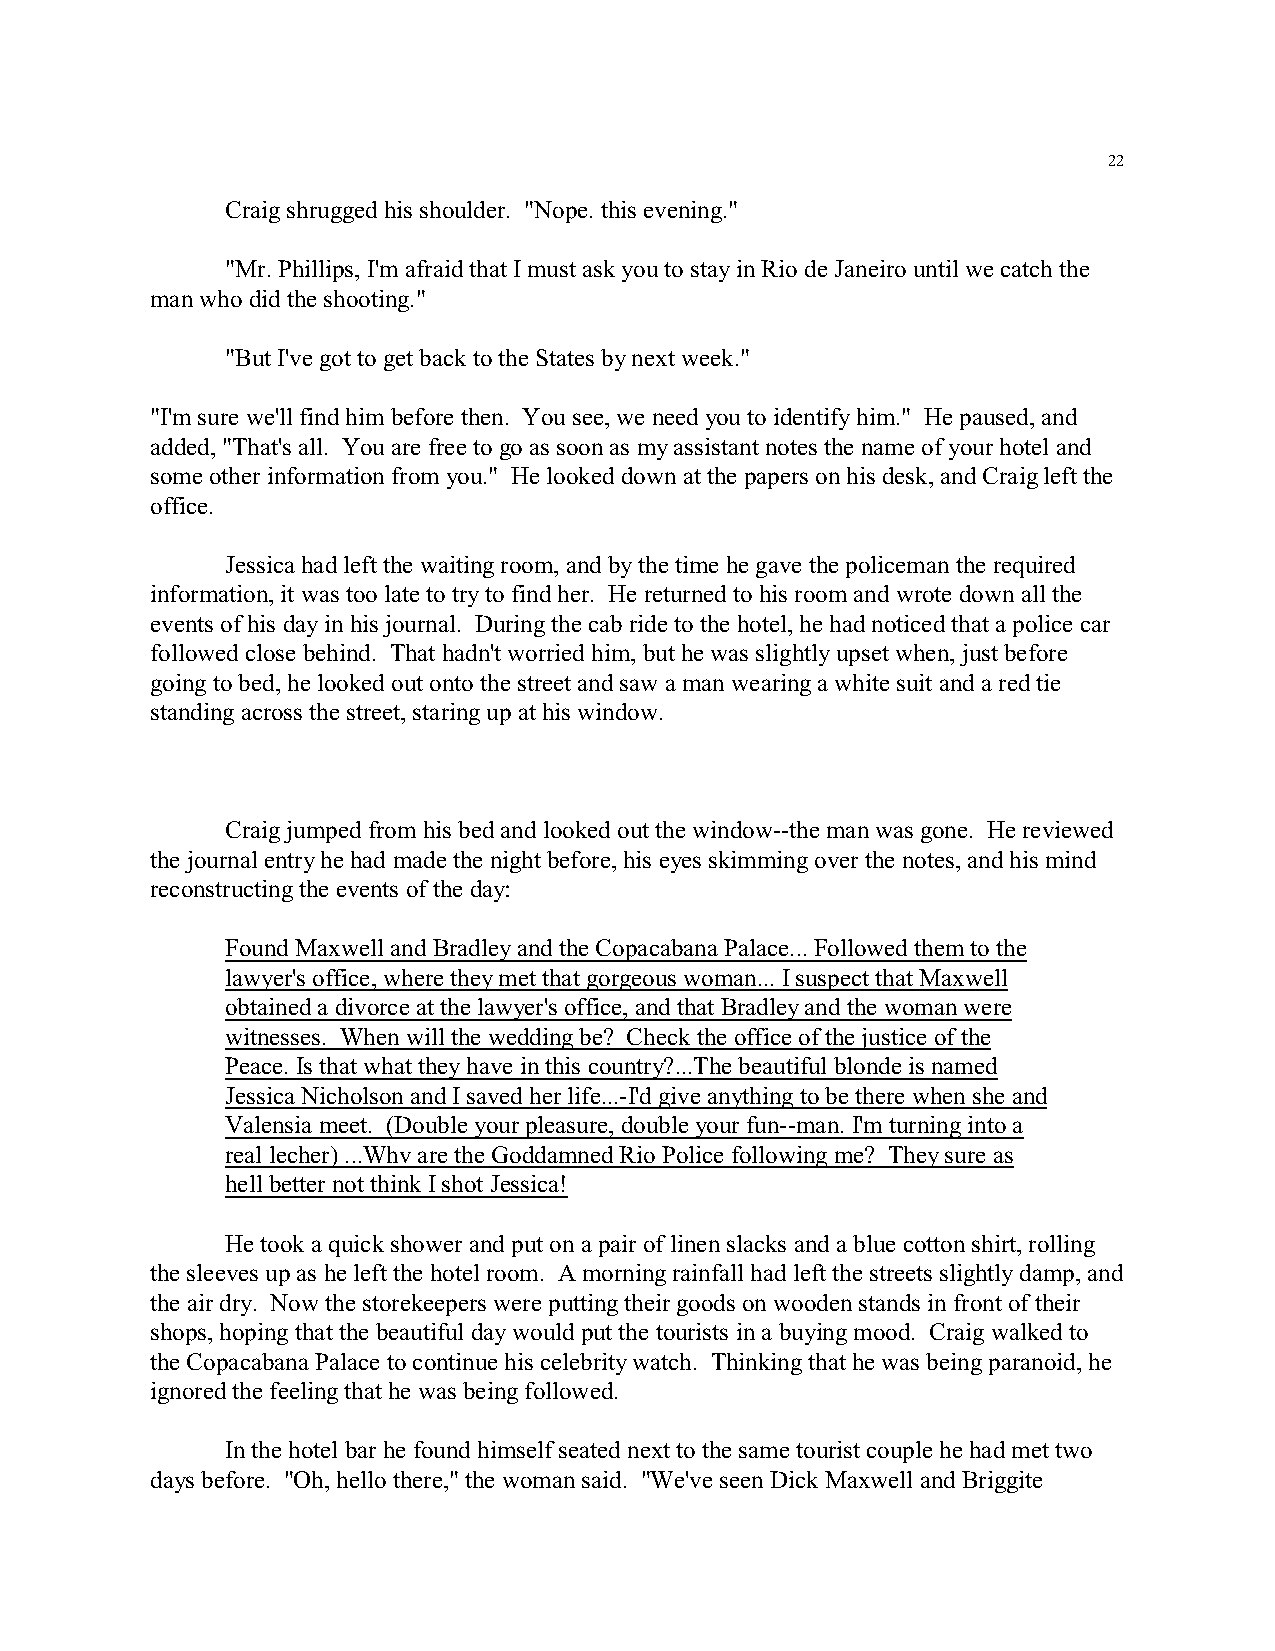
22
 Craig shrugged his shoulder. "Nope. this evening."
 "Mr. Phillips, I'm afraid that I must ask you to stay in Rio de Janeiro until we catch the
 man who did the shooting."
 "But I've got to get back to the States by next week."
 "I'm sure we'll find him before then. You see, we need you to identify him." He paused, and
 added, "That's all. You are free to go as soon as my assistant notes the name of your hotel and
 some other information from you." He looked down at the papers on his desk, and Craig left the
 office.
 Jessica had left the waiting room, and by the time he gave the policeman the required
 information, it was too late to try to find her. He returned to his room and wrote down all the
 events of his day in his journal. During the cab ride to the hotel, he had noticed that a police car
 followed close behind. That hadn't worried him, but he was slightly upset when, just before
 going to bed, he looked out onto the street and saw a man wearing a white suit and a red tie
 standing across the street, staring up at his window.
 Craig jumped from his bed and looked out the window--the man was gone. He reviewed
 the journal entry he had made the night before, his eyes skimming over the notes, and his mind
 reconstructing the events of the day:
 Found Maxwell and Bradley and the Copacabana Palace... Followed them to the
 lawyer's office, where they met that gorgeous woman... I suspect that Maxwell
 obtained a divorce at the lawyer's office, and that Bradley and the woman were
 witnesses. When will the wedding be? Check the office of the justice of the
 Peace. Is that what they have in this country?...The beautiful blonde is named
 Jessica Nicholson and I saved her life...-I'd give anything to be there when she and
 Valensia meet. (Double your pleasure, double your fun--man. I'm turning into a
 real lecher) ...Whv are the Goddamned Rio Police following me? They sure as
 hell better not think I shot Jessica!
 He took a quick shower and put on a pair of linen slacks and a blue cotton shirt, rolling
 the sleeves up as he left the hotel room. A morning rainfall had left the streets slightly damp, and
 the air dry. Now the storekeepers were putting their goods on wooden stands in front of their
 shops, hoping that the beautiful day would put the tourists in a buying mood. Craig walked to
 the Copacabana Palace to continue his celebrity watch. Thinking that he was being paranoid, he
 ignored the feeling that he was being followed.
 In the hotel bar he found himself seated next to the same tourist couple he had met two
 days before. "Oh, hello there," the woman said. "We've seen Dick Maxwell and Briggite